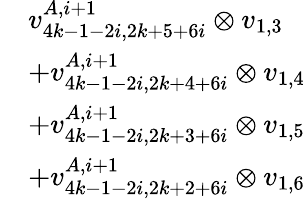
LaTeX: \begin{array}{rl}&{v_{4k-1-2i,2k+5+6i}^{A,i+1}\otimes v_{1,3}}\\ &{+v_{4k-1-2i,2k+4+6i}^{A,i+1}\otimes v_{1,4}}\\ &{+v_{4k-1-2i,2k+3+6i}^{A,i+1}\otimes v_{1,5}}\\ &{+v_{4k-1-2i,2k+2+6i}^{A,i+1}\otimes v_{1,6}}\end{array}